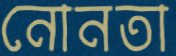
নোনতা